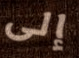
إلى